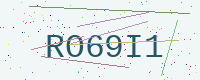
Text: RO69I1